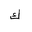
Letter: _kaf